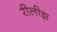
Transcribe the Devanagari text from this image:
रीलीझ